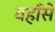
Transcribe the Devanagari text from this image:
वहाँसे